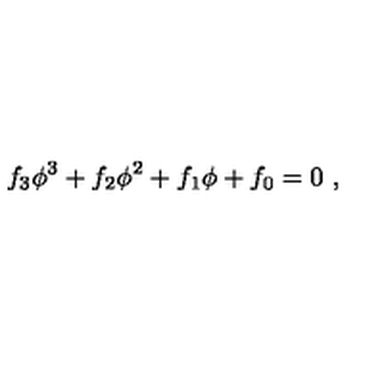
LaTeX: f _ { 3 } \phi ^ { 3 } + f _ { 2 } \phi ^ { 2 } + f _ { 1 } \phi + f _ { 0 } = 0 \ ,